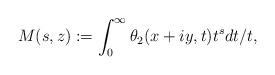
LaTeX: \begin{align*}M(s,z):=\int_{0}^{\infty} \theta_2(x+iy,t) t^{s}dt/t,\end{align*}